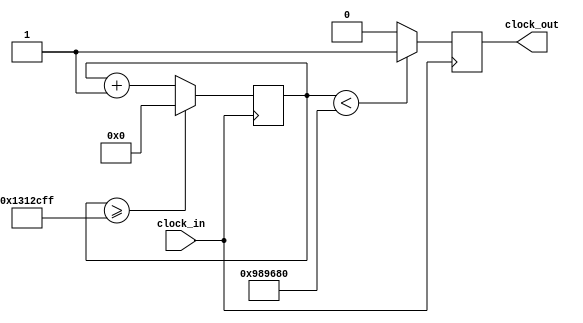
`timescale 1ns / 1ps
//////////////////////////////////////////////////////////////////////////////////
// Company: 
// Engineer: 
// 
// Design Name: 
// Module Name:    Tiempo 
// Project Name: 
// Target Devices: 
// Tool versions: 
// Description: 
//
// Dependencies: 
//
// Revision: 
// Revision 0.01 - File Created
// Additional Comments: 
//
//////////////////////////////////////////////////////////////////////////////////
module Tiempo (input clock_in, output reg clock_out);

reg [27:0]  counter = 28'd0;
parameter DIVISOR = 28'd20000000;
always @(posedge clock_in)
begin
counter <= counter + 28'd1;
if (counter >=(DIVISOR-1))
counter <= 28'd0;
clock_out <= (counter<DIVISOR/2)?1'b1:1'b0;

end

endmodule